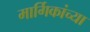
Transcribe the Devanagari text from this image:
मार्गिकांच्या